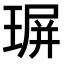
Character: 𤧅